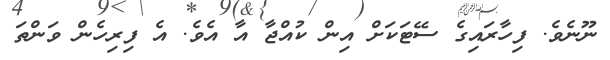
ނޫނެވެ. ފިހާރައިގެ ސޭޓަކަށް އިން ކުއްޖާ އާ އެވެ. އެ ފިރިހެން ވަންތަ